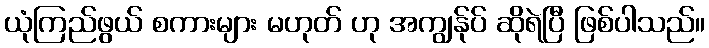
ယုံကြည်ဖွယ် စကားများ မဟုတ် ဟု အကျွန်ုပ် ဆိုရဲပြီ ဖြစ်ပါသည်။